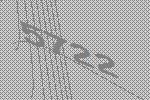
5722